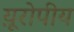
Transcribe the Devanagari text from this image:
य़ूरोपीय